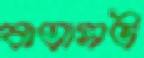
বাতাসট